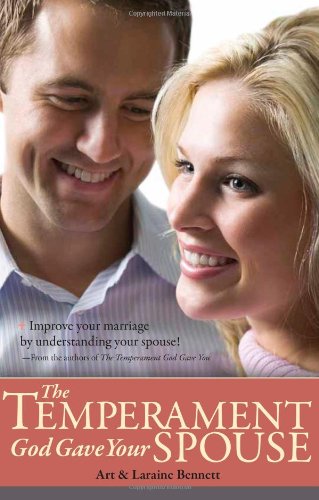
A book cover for The Temperament God Gave Your Spouse; Art Bennett; Christian Books & Bibles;